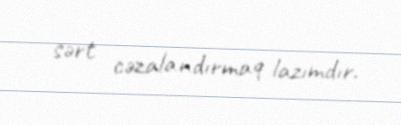
sərt cəzalandırmaq lazımdır.